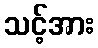
သင့်အား